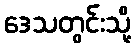
ဒေသတွင်းသို့